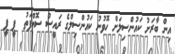
އިން ބާރަށު ކައުންސިލަށް ހޮވުނު ކައުންސިލްގެ ރައީސް ސޮއްފަތު  ޕީ ޕީ